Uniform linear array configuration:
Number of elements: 32
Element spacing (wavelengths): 0.5
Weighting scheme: hamming
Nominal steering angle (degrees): -15
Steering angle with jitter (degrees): -16.386
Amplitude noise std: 0.05
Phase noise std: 0.05

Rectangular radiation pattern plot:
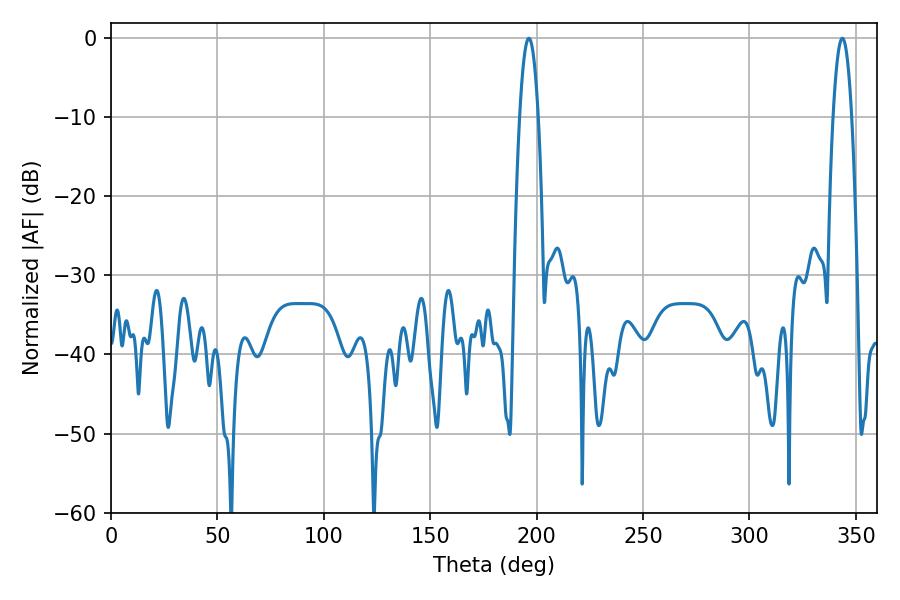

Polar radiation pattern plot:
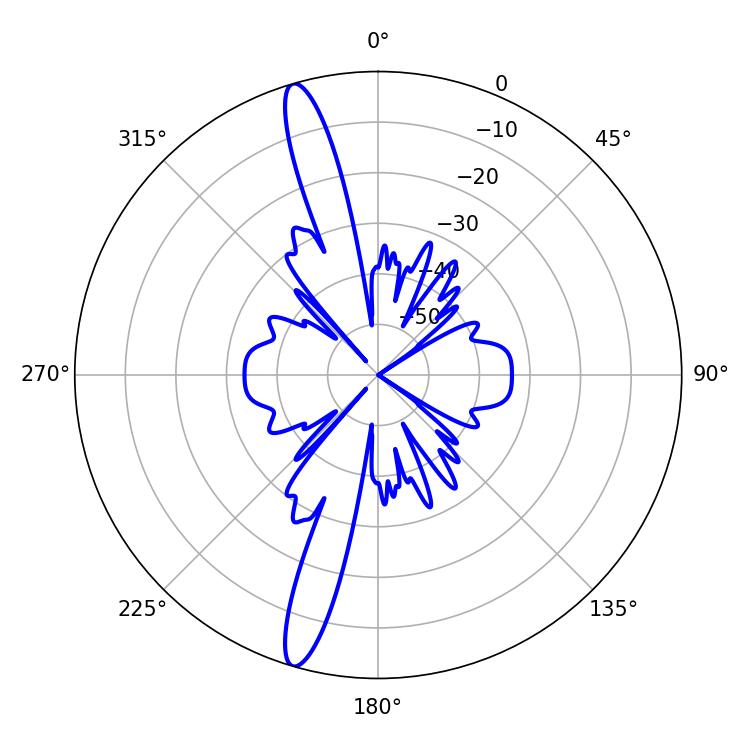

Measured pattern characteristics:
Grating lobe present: FALSE
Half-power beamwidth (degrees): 4.68
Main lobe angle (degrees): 196.38